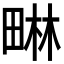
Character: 𭻜